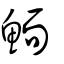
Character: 鮞